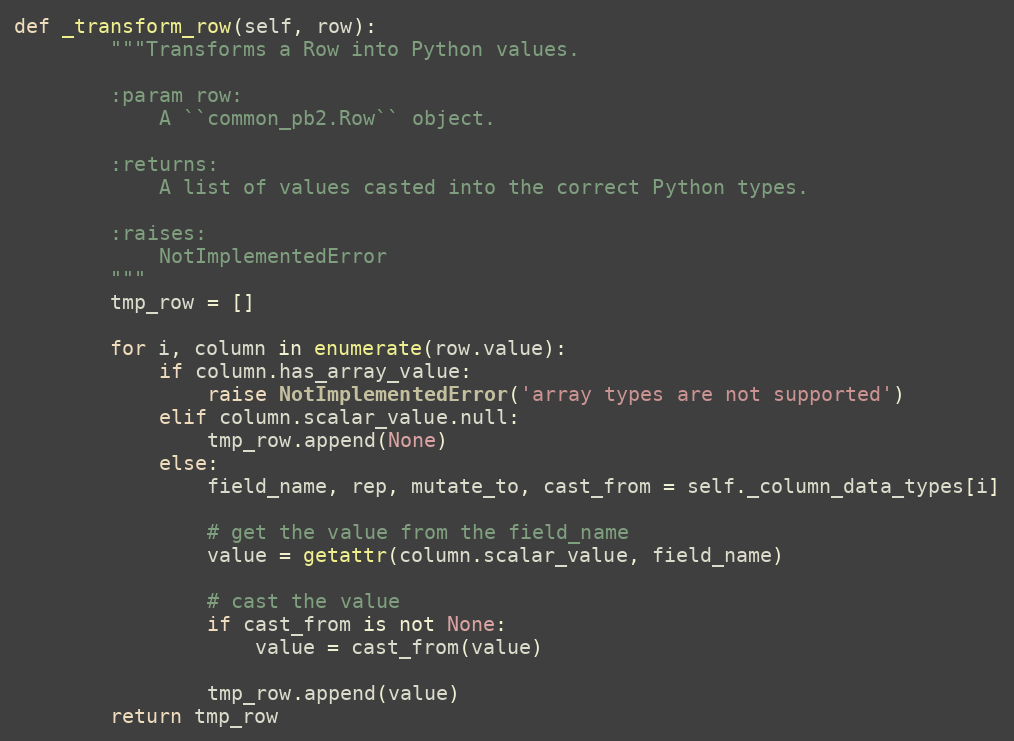
Language: Python
def _transform_row(self, row):
        """Transforms a Row into Python values.

        :param row:
            A ``common_pb2.Row`` object.

        :returns:
            A list of values casted into the correct Python types.

        :raises:
            NotImplementedError
        """
        tmp_row = []

        for i, column in enumerate(row.value):
            if column.has_array_value:
                raise NotImplementedError('array types are not supported')
            elif column.scalar_value.null:
                tmp_row.append(None)
            else:
                field_name, rep, mutate_to, cast_from = self._column_data_types[i]

                # get the value from the field_name
                value = getattr(column.scalar_value, field_name)

                # cast the value
                if cast_from is not None:
                    value = cast_from(value)

                tmp_row.append(value)
        return tmp_row